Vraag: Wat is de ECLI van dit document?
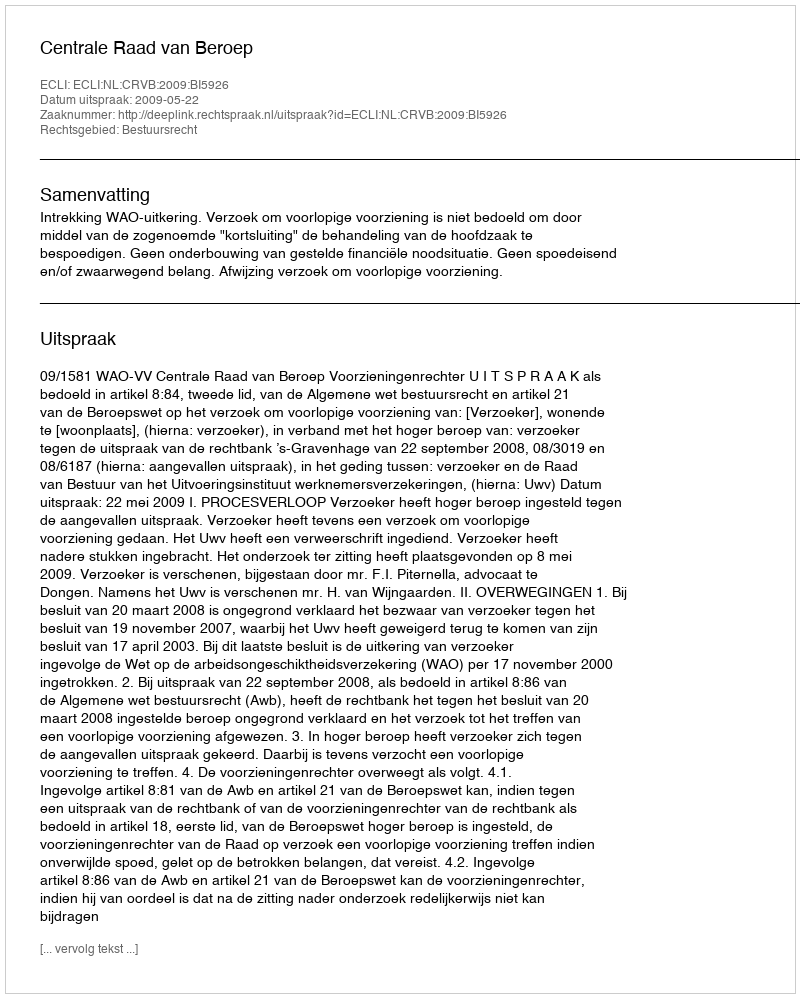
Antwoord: ECLI:NL:CRVB:2009:BI5926